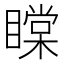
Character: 𥊲